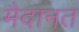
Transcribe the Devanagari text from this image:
मैदानत